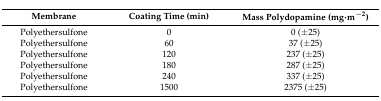
| Membrane | Coating Time (min) | Mass Polydopamine (mg·m−2) |
 | --- | --- | --- |
 | Polyethersulfone | 0 | 0 (±25) |
 | Polyethersulfone | 60 | 37 (±25) |
 | Polyethersulfone | 120 | 237 (±25) |
 | Polyethersulfone | 180 | 287 (±25) |
 | Polyethersulfone | 240 | 337 (±25) |
 | Polyethersulfone | 1500 | 2375 (±25) |